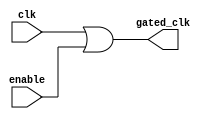
module clock_gating (
    input wire clk,          // Primary clock signal
    input wire enable,       // Enable signal to control clock gating
    output wire gated_clk    // Gated clock signal
);

// Generate the gated clock using an OR gate
assign gated_clk = clk | enable;

endmodule